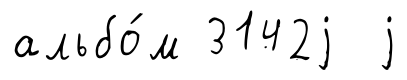
альбо́м 3142j j